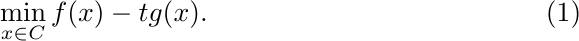
\begin{equation}
\min_{x \in C}  f(x) - tg(x).
\end{equation}